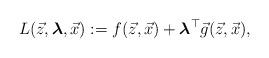
LaTeX: \begin{align*}L(\vec{z},\boldsymbol{\lambda},\vec{x}):=f(\vec{z},\vec{x}) + \boldsymbol{\lambda}^{\top}\vec{g}(\vec{z},\vec{x}),\end{align*}